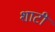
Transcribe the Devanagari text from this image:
शाटी